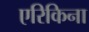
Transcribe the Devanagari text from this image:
एरिकिना